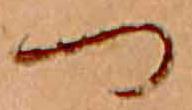
つ